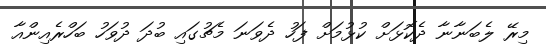
މިރޭ ލެބަނާނާ ދެކޮޅަށް ކުޅުމަށް ފަހު ދެވަނަ މެޗުގައި ބުދަ ދުވަހު ބަހްރެއިންއާ